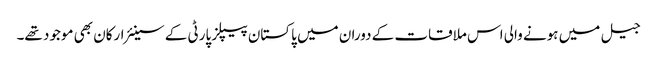
جیل میں ہونے والی اس ملاقات کے دوران میں پاکستان پیپلز پارٹی کے سینئر ارکان بھی موجود تھے۔